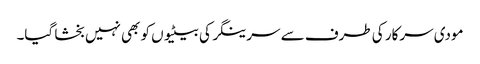
مودی سرکار کی طرف سے سرینگر کی بیٹیوں کو بھی نہیں بخشا گیا۔